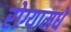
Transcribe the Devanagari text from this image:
रोग्यामधे